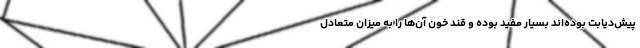
پیش‌دیابت بوده‌اند بسیار مفید بوده و قند خون آن‌ها را به میزان متعادل